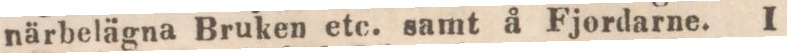
närbelägna Bruken etc. samt å Fjordarne. I